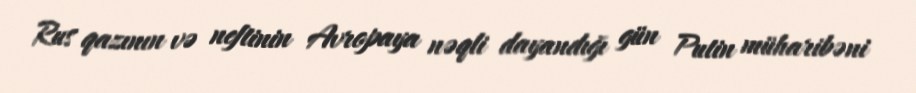
Rus qazının və neftinin Avropaya nəqli dayandığı gün Putin müharibəni